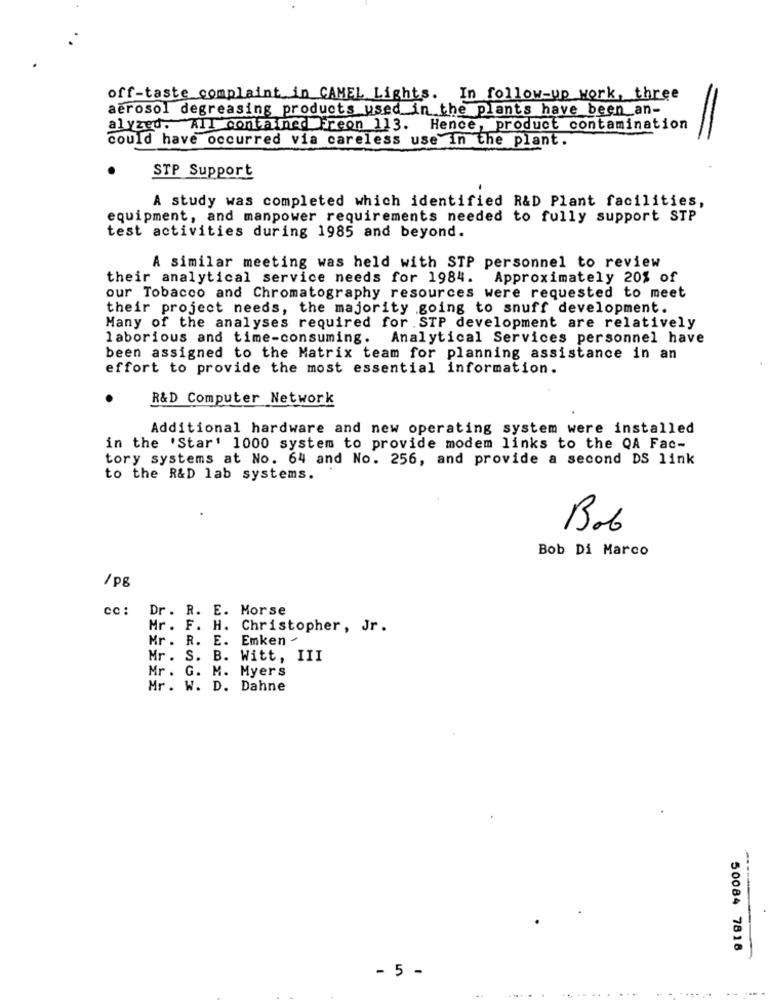
off-taste complaint in CAMEL Lights. In follow-up work, three
aerosol degreasing products used in the plants have been an-
alyzed. AII contained Freon 113. Hence, product contamination
could have occurred via careless use in the plant.
STP Support
A study was completed which identified R&D Plant facilities,
equipment, and manpower requirements needed to fully support STP
test activities during 1985 and beyond.
A similar meeting was held with STP personnel to review
their analytical service needs for 1984. Approximately 20% of
our Tobacco and Chromatography resources were requested to meet
their project needs, the majority going to snuff development.
Many of the analyses required for .STP development are relatively
laborious and time-consuming. Analytical Services personnel have
been assigned to the Matrix team for planning assistance in an
effort to provide the most essential information.
R&D Computer Network
Additional hardware and new operating system were installed
in the 'Star' 1000 system to provide modem links to the QA Fac-
tory systems at No. 64 and No. 256, and provide a second DS link
to the R&D lab systems.
Bob
Bob Di Marco
/pg
cc :
Dr. R. E. Morse
Mr. F. H. Christopher, Jr.
Mr . R. E. Emken -
Mr . S. B. Witt, III
Mr . G. M. Myers
Mr . W. D. Dahne
50084 7818
- 5 -